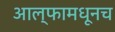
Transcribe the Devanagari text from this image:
आल्फामधूनच